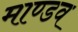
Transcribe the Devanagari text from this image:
माण्डव